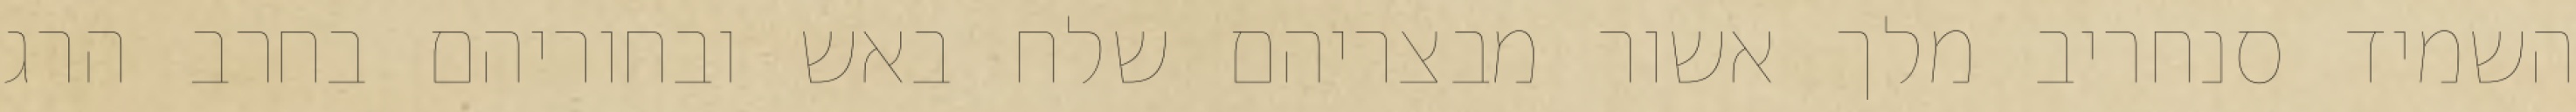
השמיד סנחריב מלך אשור מבצריהם שלח באש ובחוריהם בחרב הרג